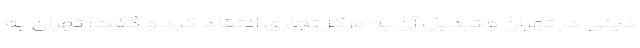
دینی در تهران و تبدیل آن به مرکز تجاری انتقاد کرد و گفت: تهران به